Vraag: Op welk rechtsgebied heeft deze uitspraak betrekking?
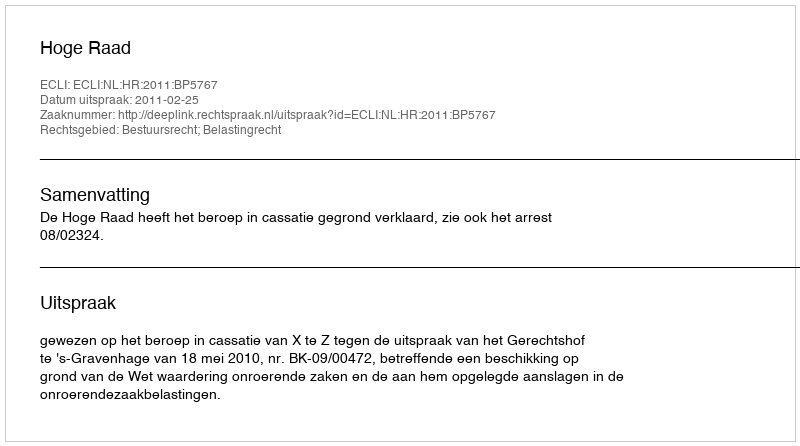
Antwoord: Bestuursrecht; Belastingrecht